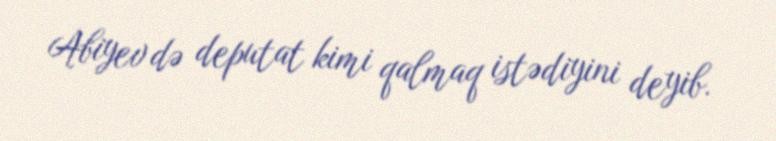
Abiyev də deputat kimi qalmaq istədiyini deyib.